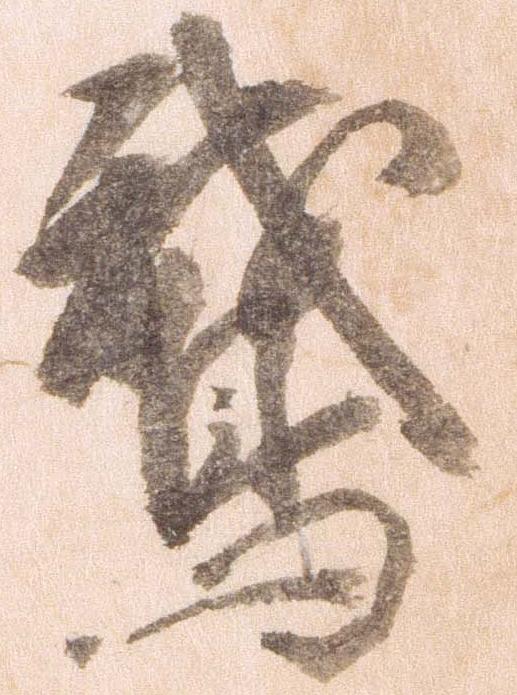
鵝